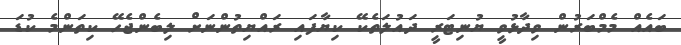
ބައެއް މެމްބަރުން ވިދާޅުވީ ޔުނިޓަރީ ދައުލަތެކޭ ކިޔާފައި ރައްޔިތުންނަށް ލިބެންޖެހޭ ކިތަންމެ ކުޑަ